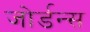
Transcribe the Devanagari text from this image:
जोर्डन्स